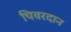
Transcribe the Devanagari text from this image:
चिवरदान